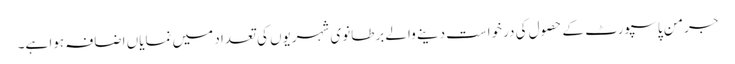
جرمن پاسپورٹ کے حصول کی درخواست دینے والے برطانوی شہریوں کی تعداد میں نمایاں اضافہ ہوا ہے۔